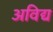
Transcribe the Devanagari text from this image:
अविद्य